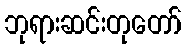
ဘုရားဆင်းတုတော်